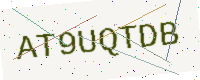
Text: AT9UQTDB